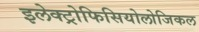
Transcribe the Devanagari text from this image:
इलेक्ट्रोफिसियोलोजिकल